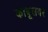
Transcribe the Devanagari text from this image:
काबूलवर